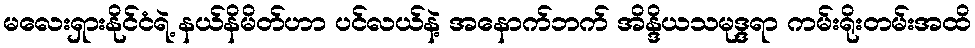
မလေးရှားနိုင်ငံရဲ့ နယ်နိမိတ်ဟာ ပင်လယ်နဲ့ အနောက်ဘက် အိန္ဒိယသမုဒ္ဒရာ ကမ်းရိုးတမ်းအထိ